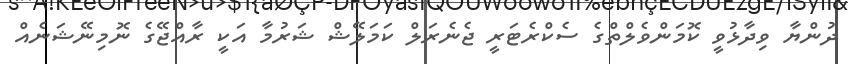
ދުންޔާ ވިދާޅުވީ ކޮމަންވެލްތްގެ ސެކްރެޓަރީ ޖެނެރަލް ކަމަލޭޝް ޝަރުމާ އަކީ ރާއްޖޭގެ ނޮމިނޭޝަނެއް